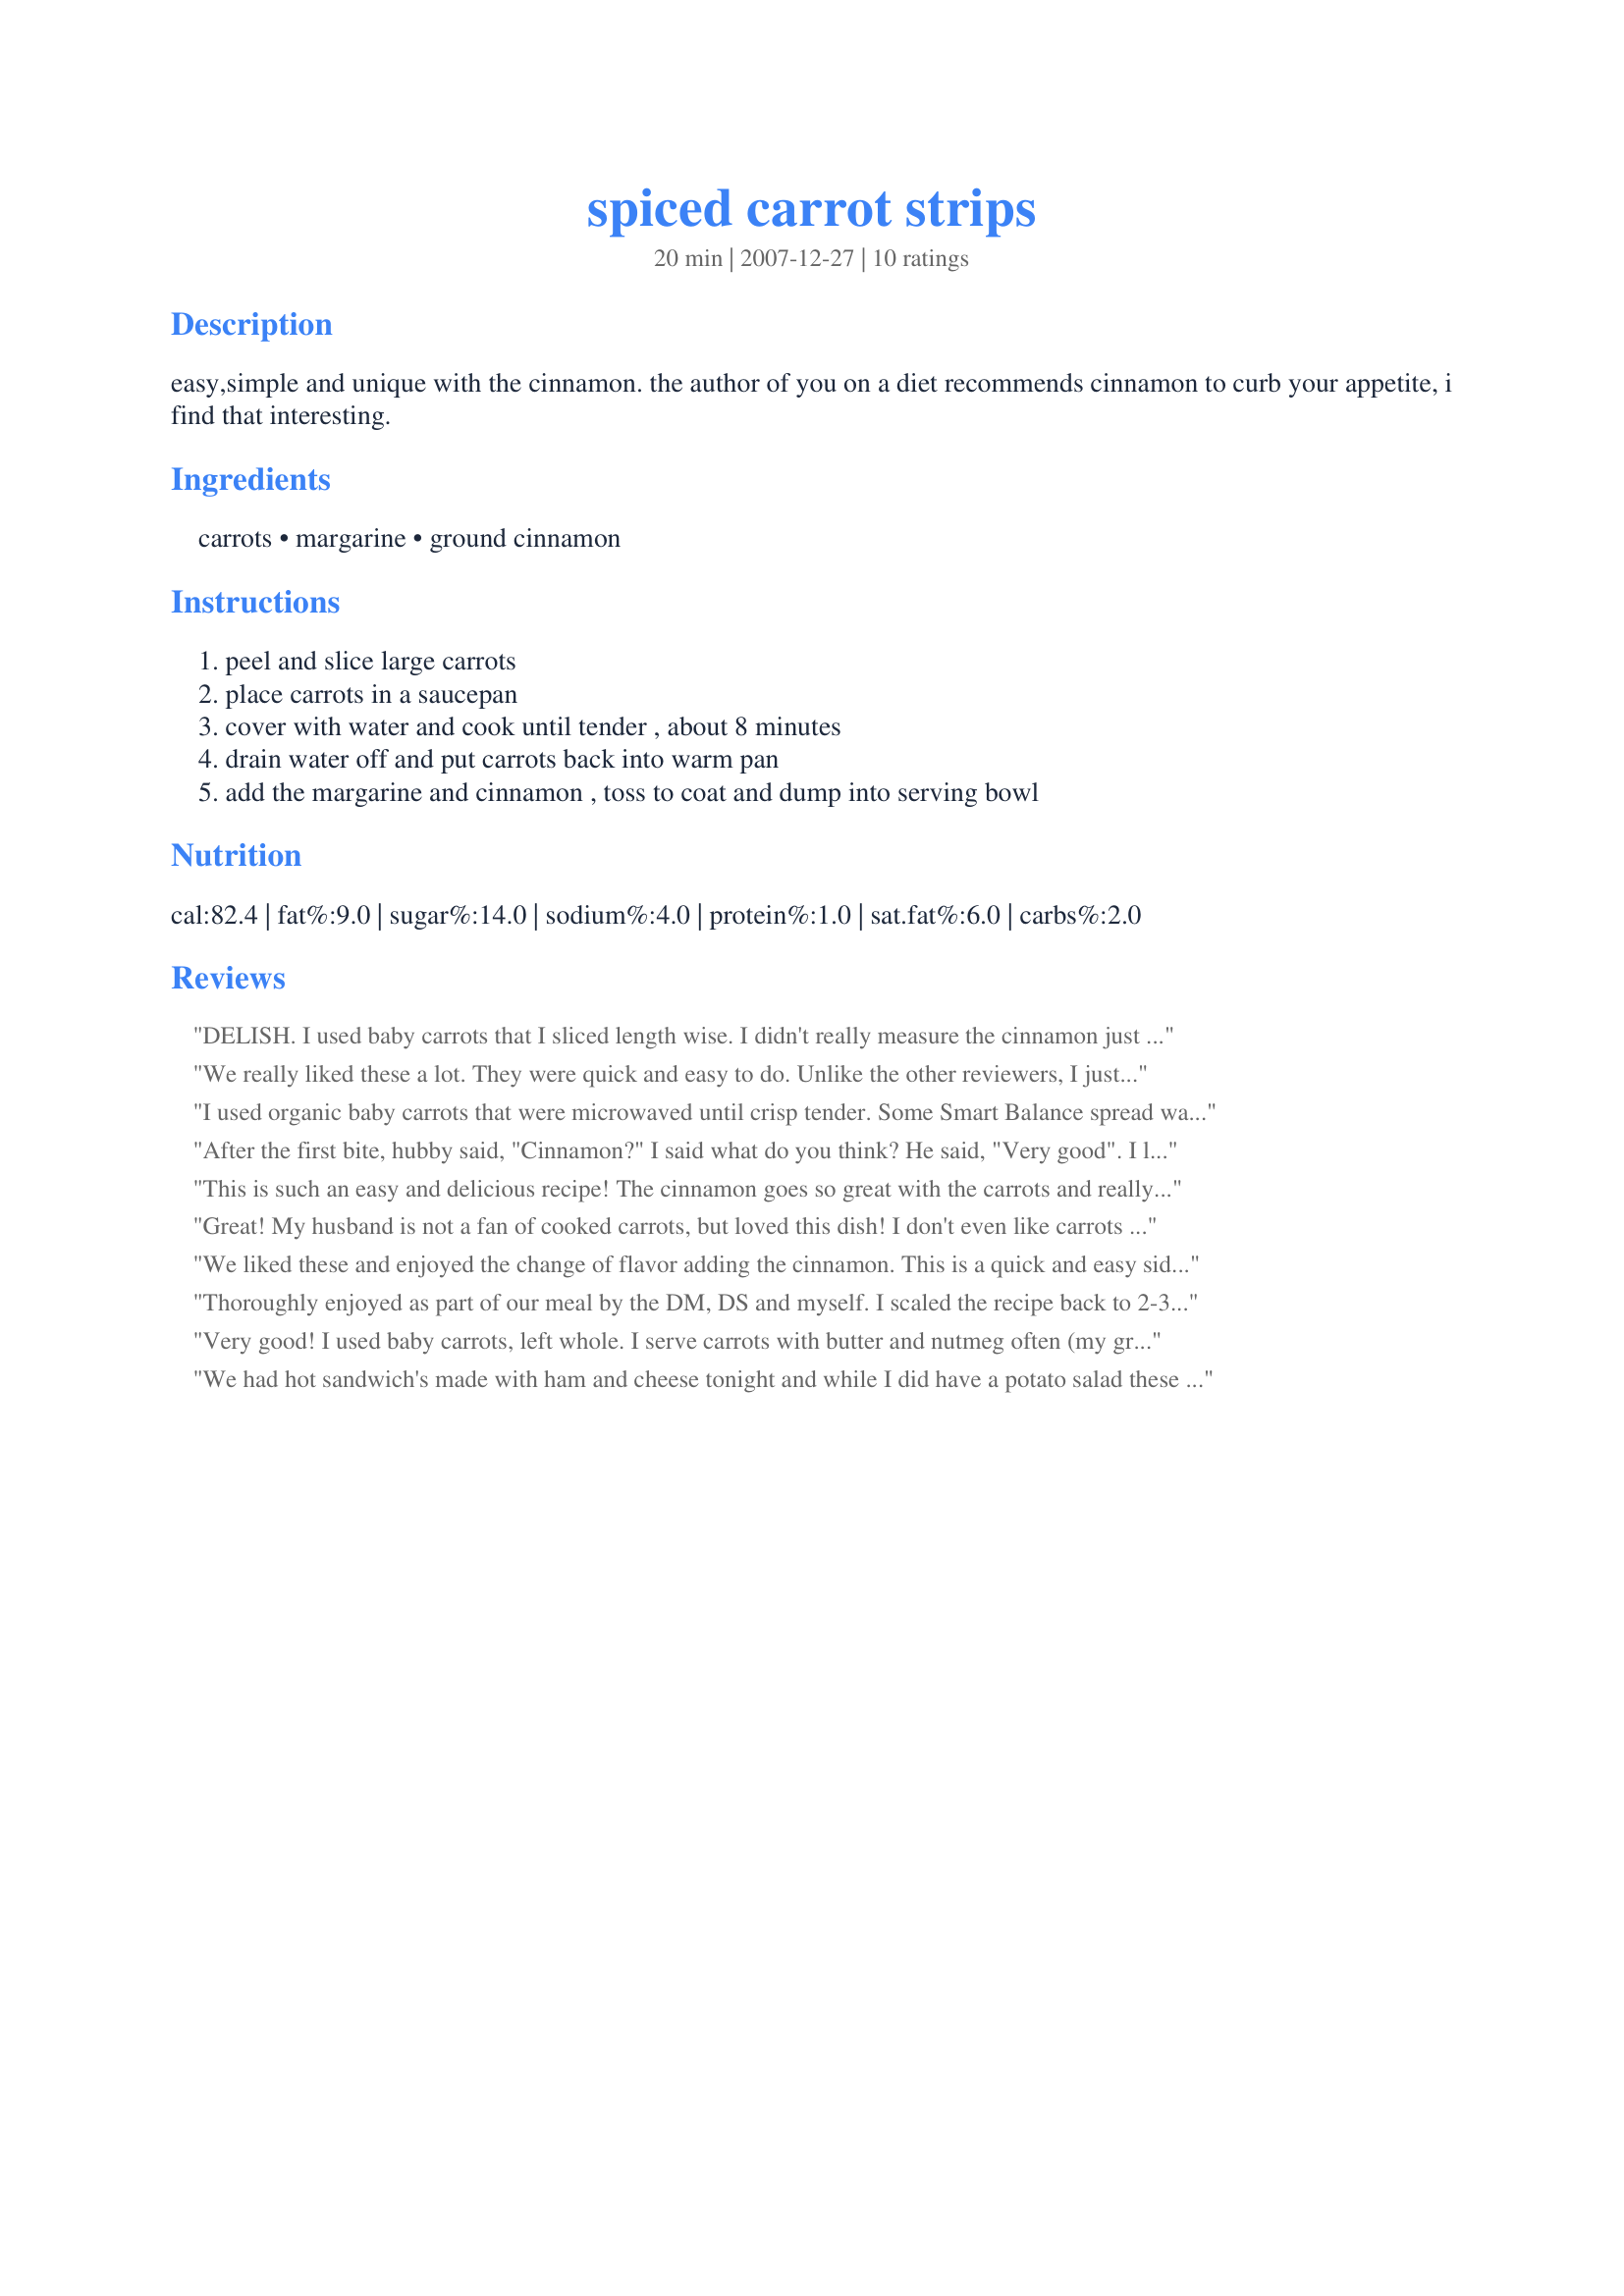
spiced carrot strips
Preparation time: 20 minutes

easy,simple and unique with the cinnamon. the author of you on a diet recommends cinnamon to curb your appetite, i find that interesting.

Ingredients:
carrots, margarine, ground cinnamon

Steps:
peel and slice large carrots, place carrots in a saucepan, cover with water and cook until tender , about 8 minutes, drain water off and put carrots back into warm pan, add the margarine and cinnamon , toss to coat and dump into serving bowl

Reviews:
DELISH.
I used baby carrots that I sliced length wise.
I didn't really measure the cinnamon just went by taste so probably added more then the recipe calls for LOL
Simple easy nice change for carrots.
Made for Zaar Stars Tag
We really liked these a lot. They were quick and easy to do. Unlike the other reviewers, I just sliced up some organic carrots. Great addition to our meal. Made for 1-2-3 Tag.
I used organic baby carrots that were microwaved until crisp tender. Some Smart Balance spread was stirred into the cooked carrots along with the cinnamon. I have had carrots many times with nutmeg; however, don't remember using the cinnnamon until now. I will make this again. Made for *1-2-3 Hit Wonders*
After the first bite, hubby said, "Cinnamon?" I said what do you think? He said, "Very good". I liked it too -- never thought to use cinnamon. Will make these again. Made for Everyday is a Holiday Tag Game 2009.
This is such an easy and delicious recipe! The cinnamon goes so great with the carrots and really brings out their natural sweetness. YUM!<br/>THANK YOU SO MUCH for sharing a real keeper with us, WiGal!<br/>Made and reviewed on recommendation of Mikekey May 2011.
Great! My husband is not a fan of cooked carrots, but loved this dish! I don't even like carrots and it was good!
We liked these and enjoyed the change of flavor adding the cinnamon. This is a quick and easy side dish to pull together for most any entree, plus it's healthy! Thanks WiGal for sharing!
Thoroughly enjoyed as part of our meal by the DM, DS and myself. I scaled the recipe back to 2-3 serves and just sliced the carrots into discs boiling for about 7 minutes, drained in a colander and melted the butter in the pot, added the cinnamon and tossed the carrots back in to heat up, easy and delicious. The only thing differently I would do is halve the amount of butter. Thank you WiGal, made for 1,2,3,4 Hit Wonders (December 2008).
Very good! I used baby carrots, left whole. I serve carrots with butter and nutmeg often (my grandmother's favorite way years ago) but like them just as much with the cinnamon! Made for Spring 2008 PAC.
We had hot sandwich's made with ham and cheese tonight and while I did have a potato salad these carrot sticks were the first to vanish. They have delicious flavor that I think was enhanced by using very small organic carrots that I just washed throughly and then cooked whole with out peeling them. Being a cinnamon addict there was never a doubt about this recipe being a true winner,
